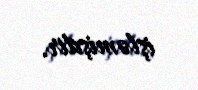
işləmişdir.